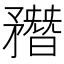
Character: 𥎑